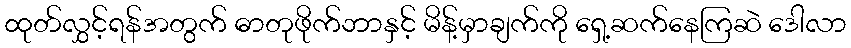
ထုတ်လွှင့်ရန်အတွက် ဓာတုဖိုက်ဘာနှင့် မိန့်မှာချက်ကို ရှေ့ဆက်နေကြဆဲ ဒေါလာ